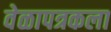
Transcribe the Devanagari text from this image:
वेळापत्रकला